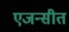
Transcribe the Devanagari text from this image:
एजन्सीत